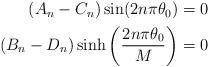
LaTeX: \begin{align*}\begin{aligned}(A_n-C_n) \sin(2n\pi \theta_0)=0\\(B_n-D_n) \sinh\left(\frac{2n\pi \theta_0}{M}\right)=0\\\end{aligned}\end{align*}